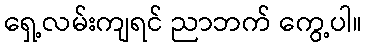
ရှေ့လမ်းကျရင် ညာဘက် ကွေ့ပါ။